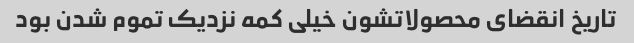
تاریخ انقضای محصولاتشون خیلی کمه نزدیک تموم شدن بود